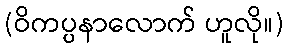
(ဝိကပ္ပနာလောက် ဟူလို။)